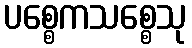
ပစ္စေကသစ္စေသု